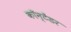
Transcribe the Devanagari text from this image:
कॉन्टेंडर